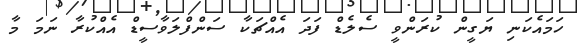
ހަމައެކަނި ޔަގީން ކުރަންވީ ސެލެޑް ފަދަ އެއްޗަކާ ސަންފްލަވާސީޑް އެއްކުރާ ނަމަ މާ